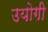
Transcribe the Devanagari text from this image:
उयोगी